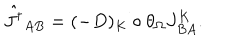
LaTeX: \hat { J ^ { \dagger } } _ { A B } = ( - D ) _ { K } \circ \theta _ { \Omega } J _ { B A } ^ { K } .